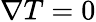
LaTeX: \nabla T=0